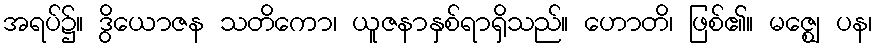
အရပ်၌။ ဒွိယောဇန သတိကော၊ ယူဇနာနှစ်ရာရှိသည်။ ဟောတိ၊ ဖြစ်၏။ မဇ္ဈေ ပန၊